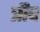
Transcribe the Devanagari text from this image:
त्रीव